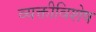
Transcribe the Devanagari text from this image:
व्यक्तीविशेष